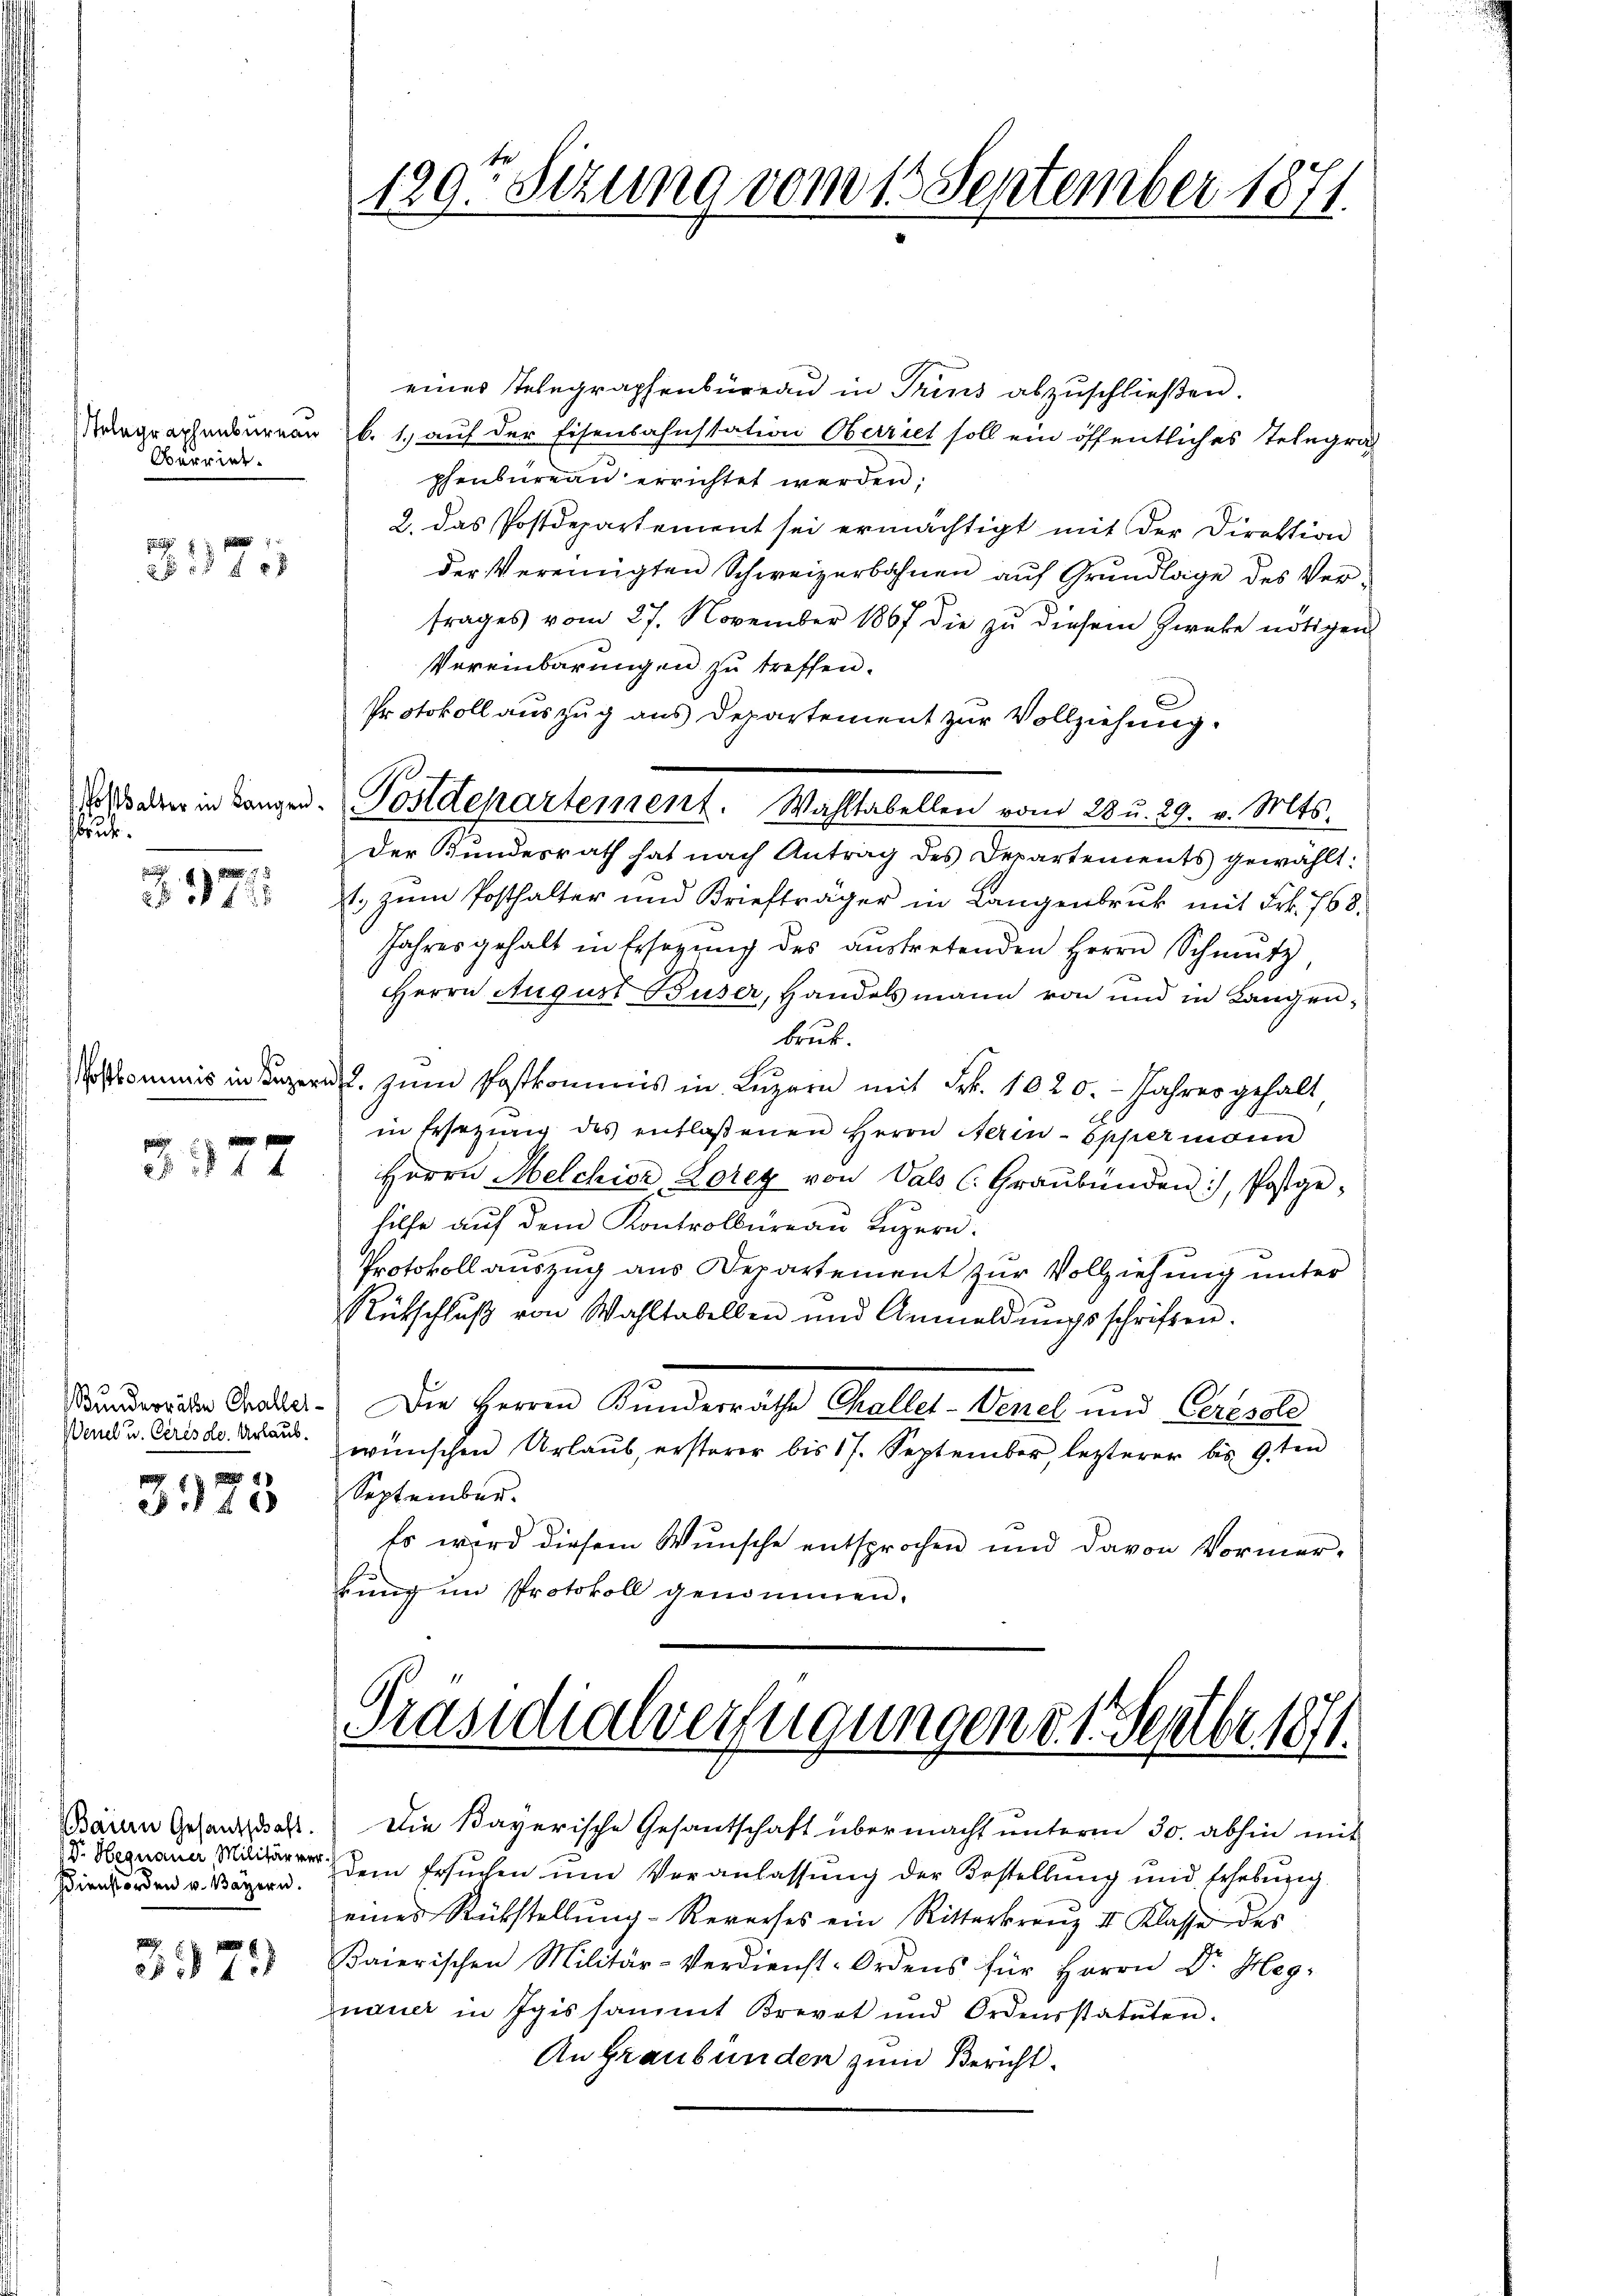
Telegraphenbureau
Oberwied

f 8 x

Posthalter in Langen.
bruder.

1
1x

3377

Bunderräte Challer¬
Wenel u. Ceres de Urlaub.

8
3340

Dienstorden v. Bayern.

973

129. Setzung vom 15 September 1871.

eines Telegraphenbüreau in Trins abzuschließen.
b. 1.) auf der Eisenbahnstation Oberriet soll ein öffentliches Telegra
phenbureau errichtet werden;
2. das Postdepartement sei ermächtigt mit der Direktion
der Vereinigten Schweizerbahnen auf Grundlage des Vertrages vom 27. November 1867 die zu diesem Zwecke nötigen
Vereinbarungen zu treffen.
Protokoll auszug aus Departement zur Vollziehung.
Der Bundesrath hat nach Antrag des Departements gewählt:
t. zum Posthalter und Briefträger in Langenbruck mit Frk. 768.
Jahres gehalt in Ersegŭng des aŭstretenden Herrn Schmutz,
Herrn August Buser, Handelsmann von und in Langenbruk.
Noskommis in Luzern zum Postkommnis in Luzern mit Frk. 1020. Jahres gehalt
in Ersetzŭng des entlaßenen Herrn Herin-Eppermann
Herrn Melchior, Lorey von Vals C. Graubünden), Postge-
hilfe auf dem Kontrolbureau Luzern.
Protokoll auszug aus Departement zur Vollziehung unter
Rückschlŭβ von Wahltabellen und Anmeldŭngsschriften.
Die Herren Kundesräthe Challet-Venel und Ceresole
wünschen Urlaub, ersterer bis 17. September, letzterer bis 9ten
September.
Es wird diesem Wunsche entsprochen und davon Vormer-
bŭng im Protokoll genommen.

Postdepartement. Wahltabellen vom 28 u. 29. v. Mts.

Präsidialverfügungen d. 1. Septbr. 1871

Baren Gesandhaft. Die Bayerische Gesantschaft übermacht unterm 30. abhin mit
Dr. Hegnaue dem Ersuchen um Veranlassung der Bestellung und Erhebung
eines Rückstellŭng-Reverses ein Ritterkreuz II Klasse des
saierischen Militär-Verdienst-Ordens für Herrn Dr. Heg-
nauer in Igis sammt Brevet und Ordensstatuten.
An Graubünden zum Bericht.